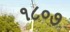
૧૮૦૭